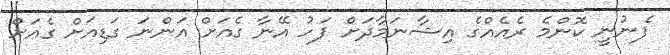
ފެނުނީ ކޮންމެ ރެއެއްގެ އިޝާނަމާދަށް ފަހު އޭނާ ގެއަށް އަންނަ ގަޑިއަށް ގެއަށް